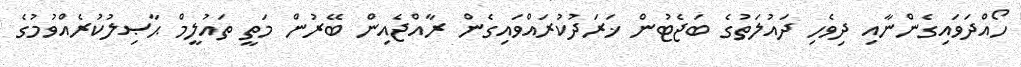
ހޯއްދަވައިގެންނާއި ދިވެހި ދައުލަތުގެ ބަޖެޓުން ޚަރަދުކުރައްވައިގެން ރާއްޖެއިން ބޭރުން މަތީ ތައުލީމް ޙާޞިލުކުރެއްވުމުގެ